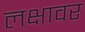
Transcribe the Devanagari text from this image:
लक्षावर